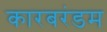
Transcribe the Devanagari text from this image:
कारबरंडम